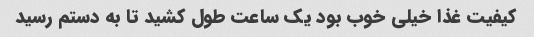
کیفیت غذا خیلی خوب بود یک ساعت طول کشید تا به دستم رسید